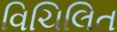
વિચિલિત